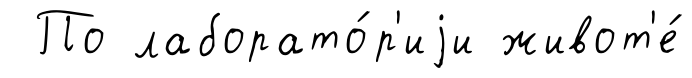
По лаборато́р'иjи живот'е́